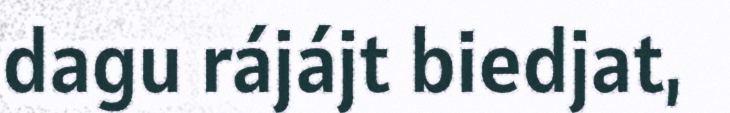
dagu rájájt biedjat,